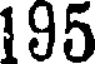
195